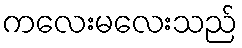
ကလေးမလေးသည်